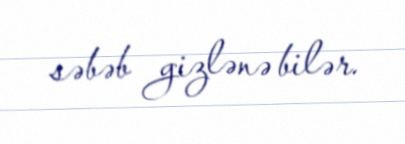
səbəb gizlənə bilər.